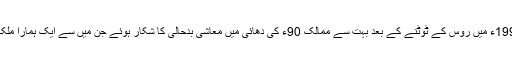
دراصل 1991ء میں روس کے ٹوٹنے کے بعد بہت سے ممالک 90ء کی دھائی میں معاشی بدحالی کا شکار ہوئے جن میں سے ایک ہمارا ملک بھی ہے ۔